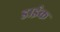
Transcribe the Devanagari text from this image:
डाईक